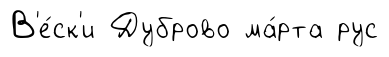
В'е́ск'и Дуброво ма́рта рус